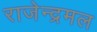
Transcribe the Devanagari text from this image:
राजेन्द्रमल